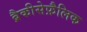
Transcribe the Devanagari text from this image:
ब्रैकीसेफ़ैलिक